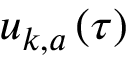
u _ { k , a } \left( \tau \right)